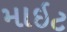
માઇટ